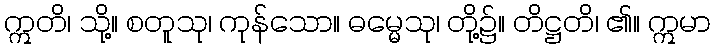
ဣတိ၊ သို့။ စတူသု၊ ကုန်သော။ ဓမ္မေသု၊ တို့၌။ တိဋ္ဌတိ၊ ၏။ ဣမာ